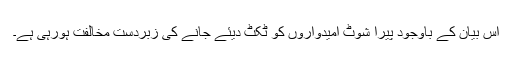
اس بیان کے باوجود پیرا شوٹ امیدواروں کو ٹکٹ دیئے جانے کی زبردست مخالفت ہورہی ہے۔